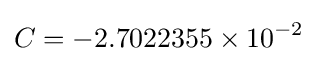
C=-2.7022355\times 10^{-2}